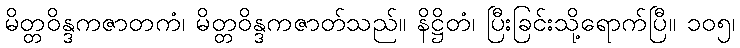
မိတ္တဝိန္ဒကဇာတကံ၊ မိတ္တဝိန္ဒကဇာတ်သည်။ နိဋ္ဌိတံ၊ ပြီးခြင်းသို့ရောက်ပြီ။ ၁၀၅၊